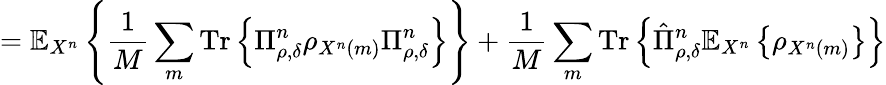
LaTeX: =\mathbb{E}_{X^{n}}\left\{ {\frac{1}{M}}\sum_{m}{\mathrm{Tr}}\left\{ \Pi_{\rho,\delta}^{n}\rho_{X^{n}\left(m\right)}\Pi_{\rho,\delta}^{n}\right\} \right\} +{\frac{1}{M}}\sum_{m}{\mathrm{Tr}}\left\{ {\hat{\Pi}}_{\rho,\delta}^{n}\mathbb{E}_{X^{n}}\left\{ \rho_{X^{n}\left(m\right)}\right\} \right\}